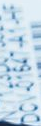
DOV01647-A1-HF